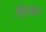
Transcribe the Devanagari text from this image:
त्रिभुजकार